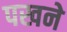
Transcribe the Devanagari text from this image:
पखने